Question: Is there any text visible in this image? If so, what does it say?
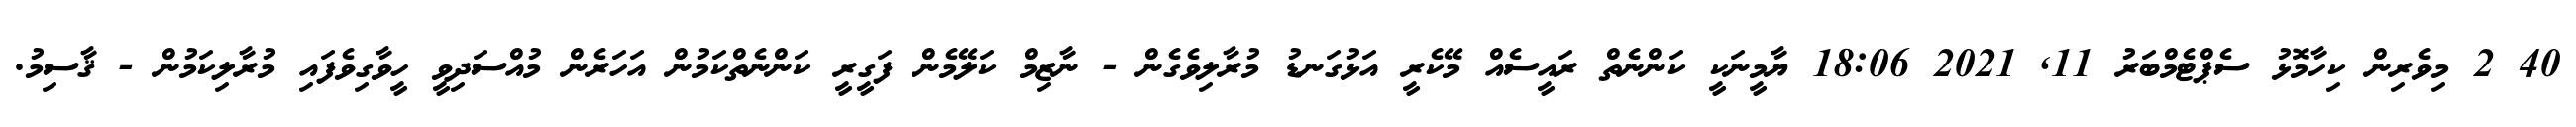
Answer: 40 2 މިވެރިން ކިހާމޮޅު ސެޕްޓެމްބަރު 11, 2021 18:06 ޔާމީނަކީ ކަންނެތް ރައީސެއް މޭކެރީ އަޅުގަނޑު މުރާލިވެގެން - ނާޒިމް ކަލޭމެން ފަގީރީ ކަންނެތްކަމުން އަހަރެން މުއްސަދިވީ ހީވާގިވެފައި މުރާލިކަމުން - ޤާސިމު.